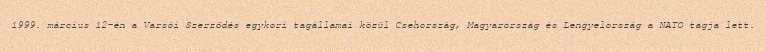
1999. március 12-én a Varsói Szerződés egykori tagállamai közül Csehország, Magyarország és Lengyelország a NATO tagja lett.